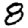
Digit: 8